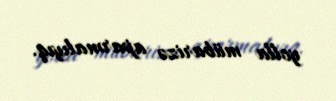
yolla mübarizə aparmalıyıq.